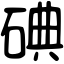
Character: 碘